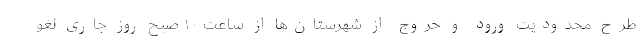
طرح محدودیت ورود و خروج از شهرستان‌ها از ساعت ۱۰ صبح روز جاری لغو